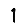
Digit: 1